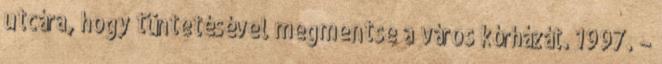
utcára, hogy tüntetésével megmentse a város kórházát. 1997. –